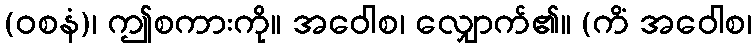
(ဝစနံ)၊ ဤစကားကို။ အဝေါစ၊ လျှောက်၏။ (ကိံ အဝေါစ၊